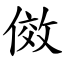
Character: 傚